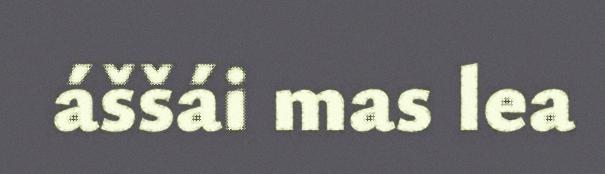
áššái mas lea